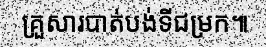
គ្រួសារបាត់បង់ទីជម្រក៕